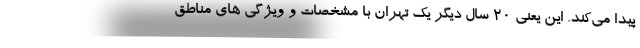
پیدا می‌کند. این یعنی ۲۰ سال دیگر یک تهران با مشخصات و ویژگی های مناطق